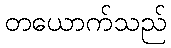
တယောက်သည်